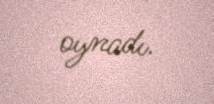
oynadı.